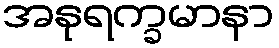
အနုရက္ခမာနာ